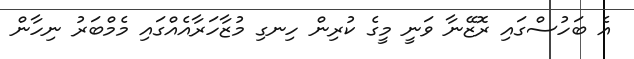
އެ ބަހުސްގައި ރޮޒޭނާ ވަނީ މީގެ ކުރިން ހިނގި މުޒާހަރާއެއްގައި މެމްބަރު ނިހާން